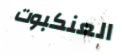
العنكبوت